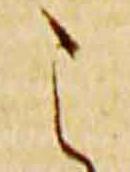
之